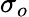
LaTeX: \sigma_{o}